Vaccine operations Central Provinces & Berar 1922-1929 - 1922-1929
Year: 1922
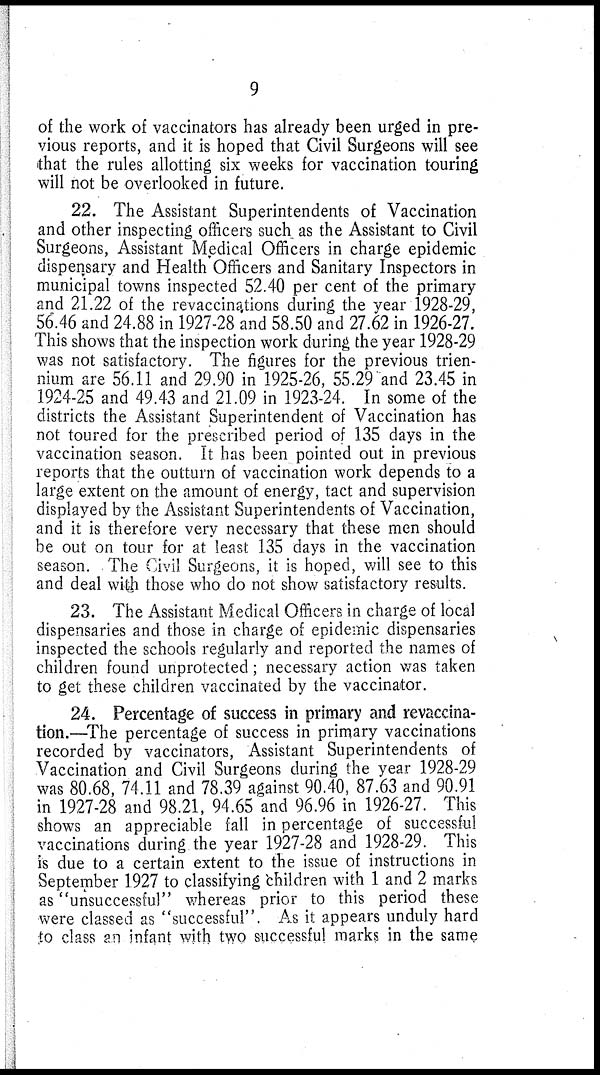
9
of the work of vaccinators has already been urged in pre-
vious reports, and it is hoped that Civil Surgeons will see
that the rules allotting six weeks for vaccination touring
will not be overlooked in future.
22. The Assistant Superintendents of Vaccination
and other inspecting officers such as the Assistant to Civil
Surgeons, Assistant Medical Officers in charge epidemic
dispensary and Health Officers and Sanitary Inspectors in
municipal towns inspected 52.40 per cent of the primary
and 21.22 of the revaccinations during the year 1928-29,
56.46 and 24.88 in 1927-28 and 58.50 and 27.62 in 1926-27.
This shows that the inspection work during the year 1928-29
was not satisfactory. The figures for the previous trien-
nium are 56.11 and 29.90 in 1925-26, 55.29 and 23.45 in
1924-25 and 49.43 and 21.09 in 1923-24. In some of the
districts the Assistant Superintendent of Vaccination has
not toured for the prescribed period of 135 days in the
vaccination season. It has been pointed out in previous
reports that the outturn of vaccination work depends to a
large extent on the amount of energy, tact and supervision
displayed by the Assistant Superintendents of Vaccination,
and it is therefore very necessary that these men should
be out on tour for at least 135 days in the vaccination
season. The Civil Surgeons, it is hoped, will see to this
and deal with those who do not show satisfactory results.
23. The Assistant Medical Officers in charge of local
dispensaries and those in charge of epidemic dispensaries
inspected the schools regularly and reported the names of
children found unprotected; necessary action was taken
to get these children vaccinated by the vaccinator.
24. Percentage of success in primary and revaccina-
tion.—The percentage of success in primary vaccinations
recorded by vaccinators, Assistant Superintendents of
Vaccination and Civil Surgeons during the year 1928-29
was 80.68, 74.11 and 78.39 against 90.40, 87.63 and 90.91
in 1927-28 and 98.21, 94.65 and 96.96 in 1926-27. This
shows an appreciable fall in percentage of successful
vaccinations during the year 1927-28 and 1928-29. This
is due to a certain extent to the issue of instructions in
September 1927 to classifying children with 1 and 2 marks
as "unsuccessful" whereas prior to this period these
were classed as "successful". As it appears unduly hard
to class an infant with two successful marks in the same